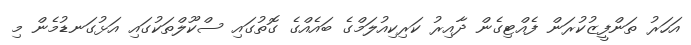
އަހަރު ތަންފީޒުކުރަން ފެއްޓިގެން ދާއިރު ކަރިކިއުލަމްގެ ބައެއްގެ ގޮތުގައި ސްކޫލްތަކުގައި އަޅުގަނޑުމެން މި